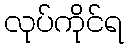
လုပ်ကိုင်ရ